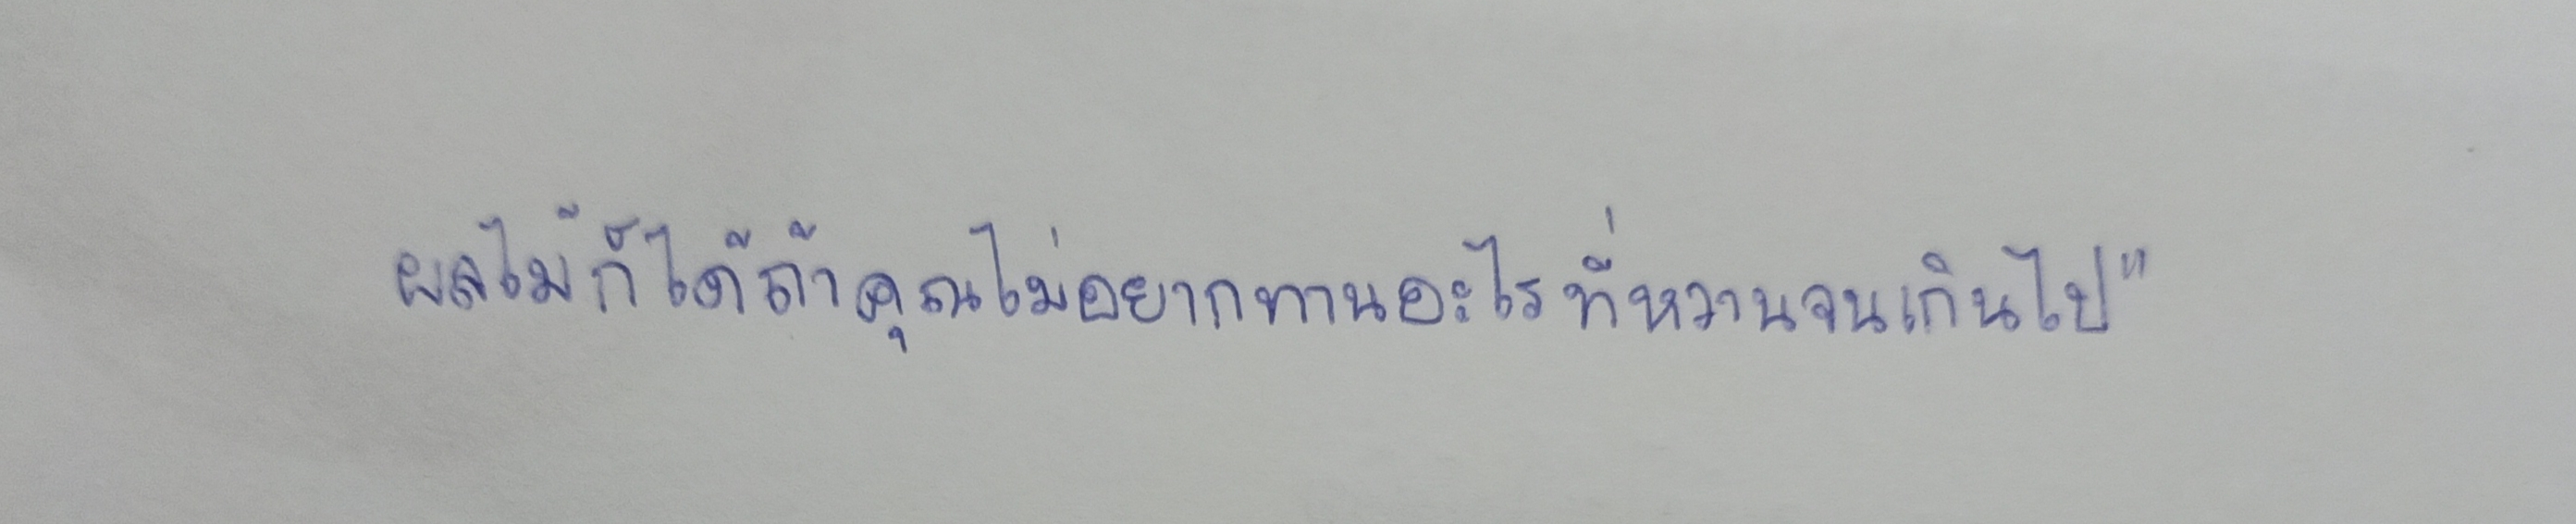
ผลไม้ก็ได้ถ้าคุณไม่อยากทานอะไรที่หวานจนเกินไป"